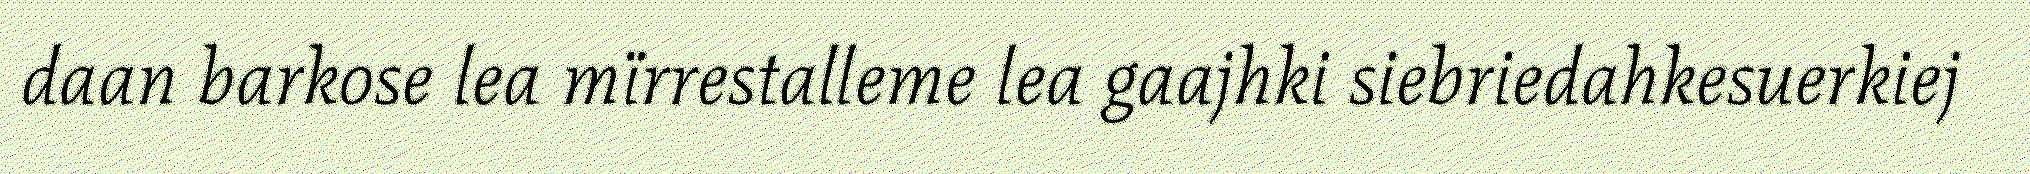
daan barkose lea mïrrestalleme lea gaajhki siebriedahkesuerkiej